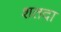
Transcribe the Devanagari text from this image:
शतदा